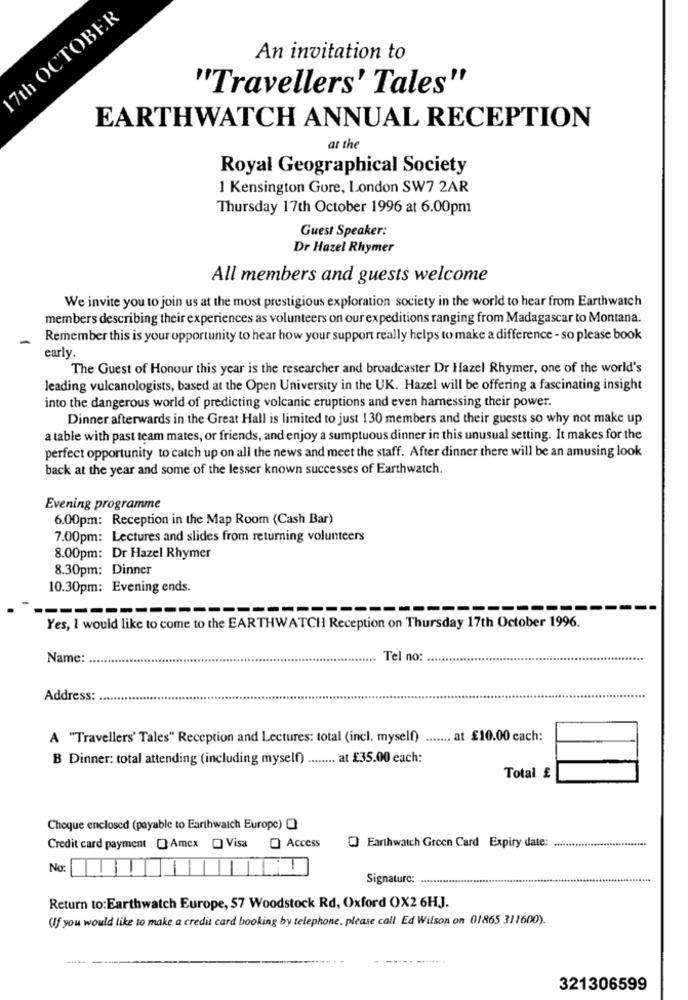
17th OCTOBER
An invitation to
"Travellers' Tales"
EARTHWATCH ANNUAL RECEPTION
at the
Royal Geographical Society
1 Kensington Gore, London SW7 2AR
Thursday 17th October 1996 at 6.00pm
Guest Speaker:
Dr Hazel Rhymer
All members and guests welcome
We invite you to join us at the most prestigious exploration society in the world to hear from Earthwatch
members describing their experiences as volunteers on our expeditions ranging from Madagascar to Montana.
Remember this is your opportunity to hear how your support really helps to make a difference - so please book
early.
The Guest of Honour this year is the researcher and broadcaster Dr Hazel Rhymer, one of the world's
leading vulcanologists, based at the Open University in the UK. Hazel will be offering a fascinating insight
into the dangerous world of predicting volcanic eruptions and even harnessing their power.
Dinner afterwards in the Great Hall is limited to just 130 members and their guests so why not make up
a table with past team mates, or friends, and enjoy a sumptuous dinner in this unusual setting. It makes for the
perfect opportunity to catch up on all the news and meet the staff. After dinner there will be an amusing look
back at the year and some of the lesser known successes of Earthwatch.
Evening programme
6.00pm: Reception in the Map Room (Cash Bar)
7.00pm: Lectures and slides from returning volunteers
8.00pm: Dr Hazel Rhymer
8.30pm: Dinner
10.30pm: Evening ends.
---------------------------------------
Yes, I would like to come to the EARTHWATCH Reception on Thursday 17th October 1996.
Name:
Tel no:
Address:
A "Travellers' Tales" Reception and Lectures: total (incl. myself)
....... at £10.00 each:
B Dinner: total attending (including myself) ........ at £35.00 each:
Total £
Choque enclosed (payable to Earthwatch Europe) O
Credit card payment [ Amex [ Visa
O Access
O Earthwatch Green Card Expiry date: .............................
No
Signaturc: .....
Return to:Earthwatch Europe, 57 Woodstock Rd, Oxford OX2 6HJ.
(If you would like to make a credit card booking by telephone, please call Ed Wilson on 01865 311600).
321306599